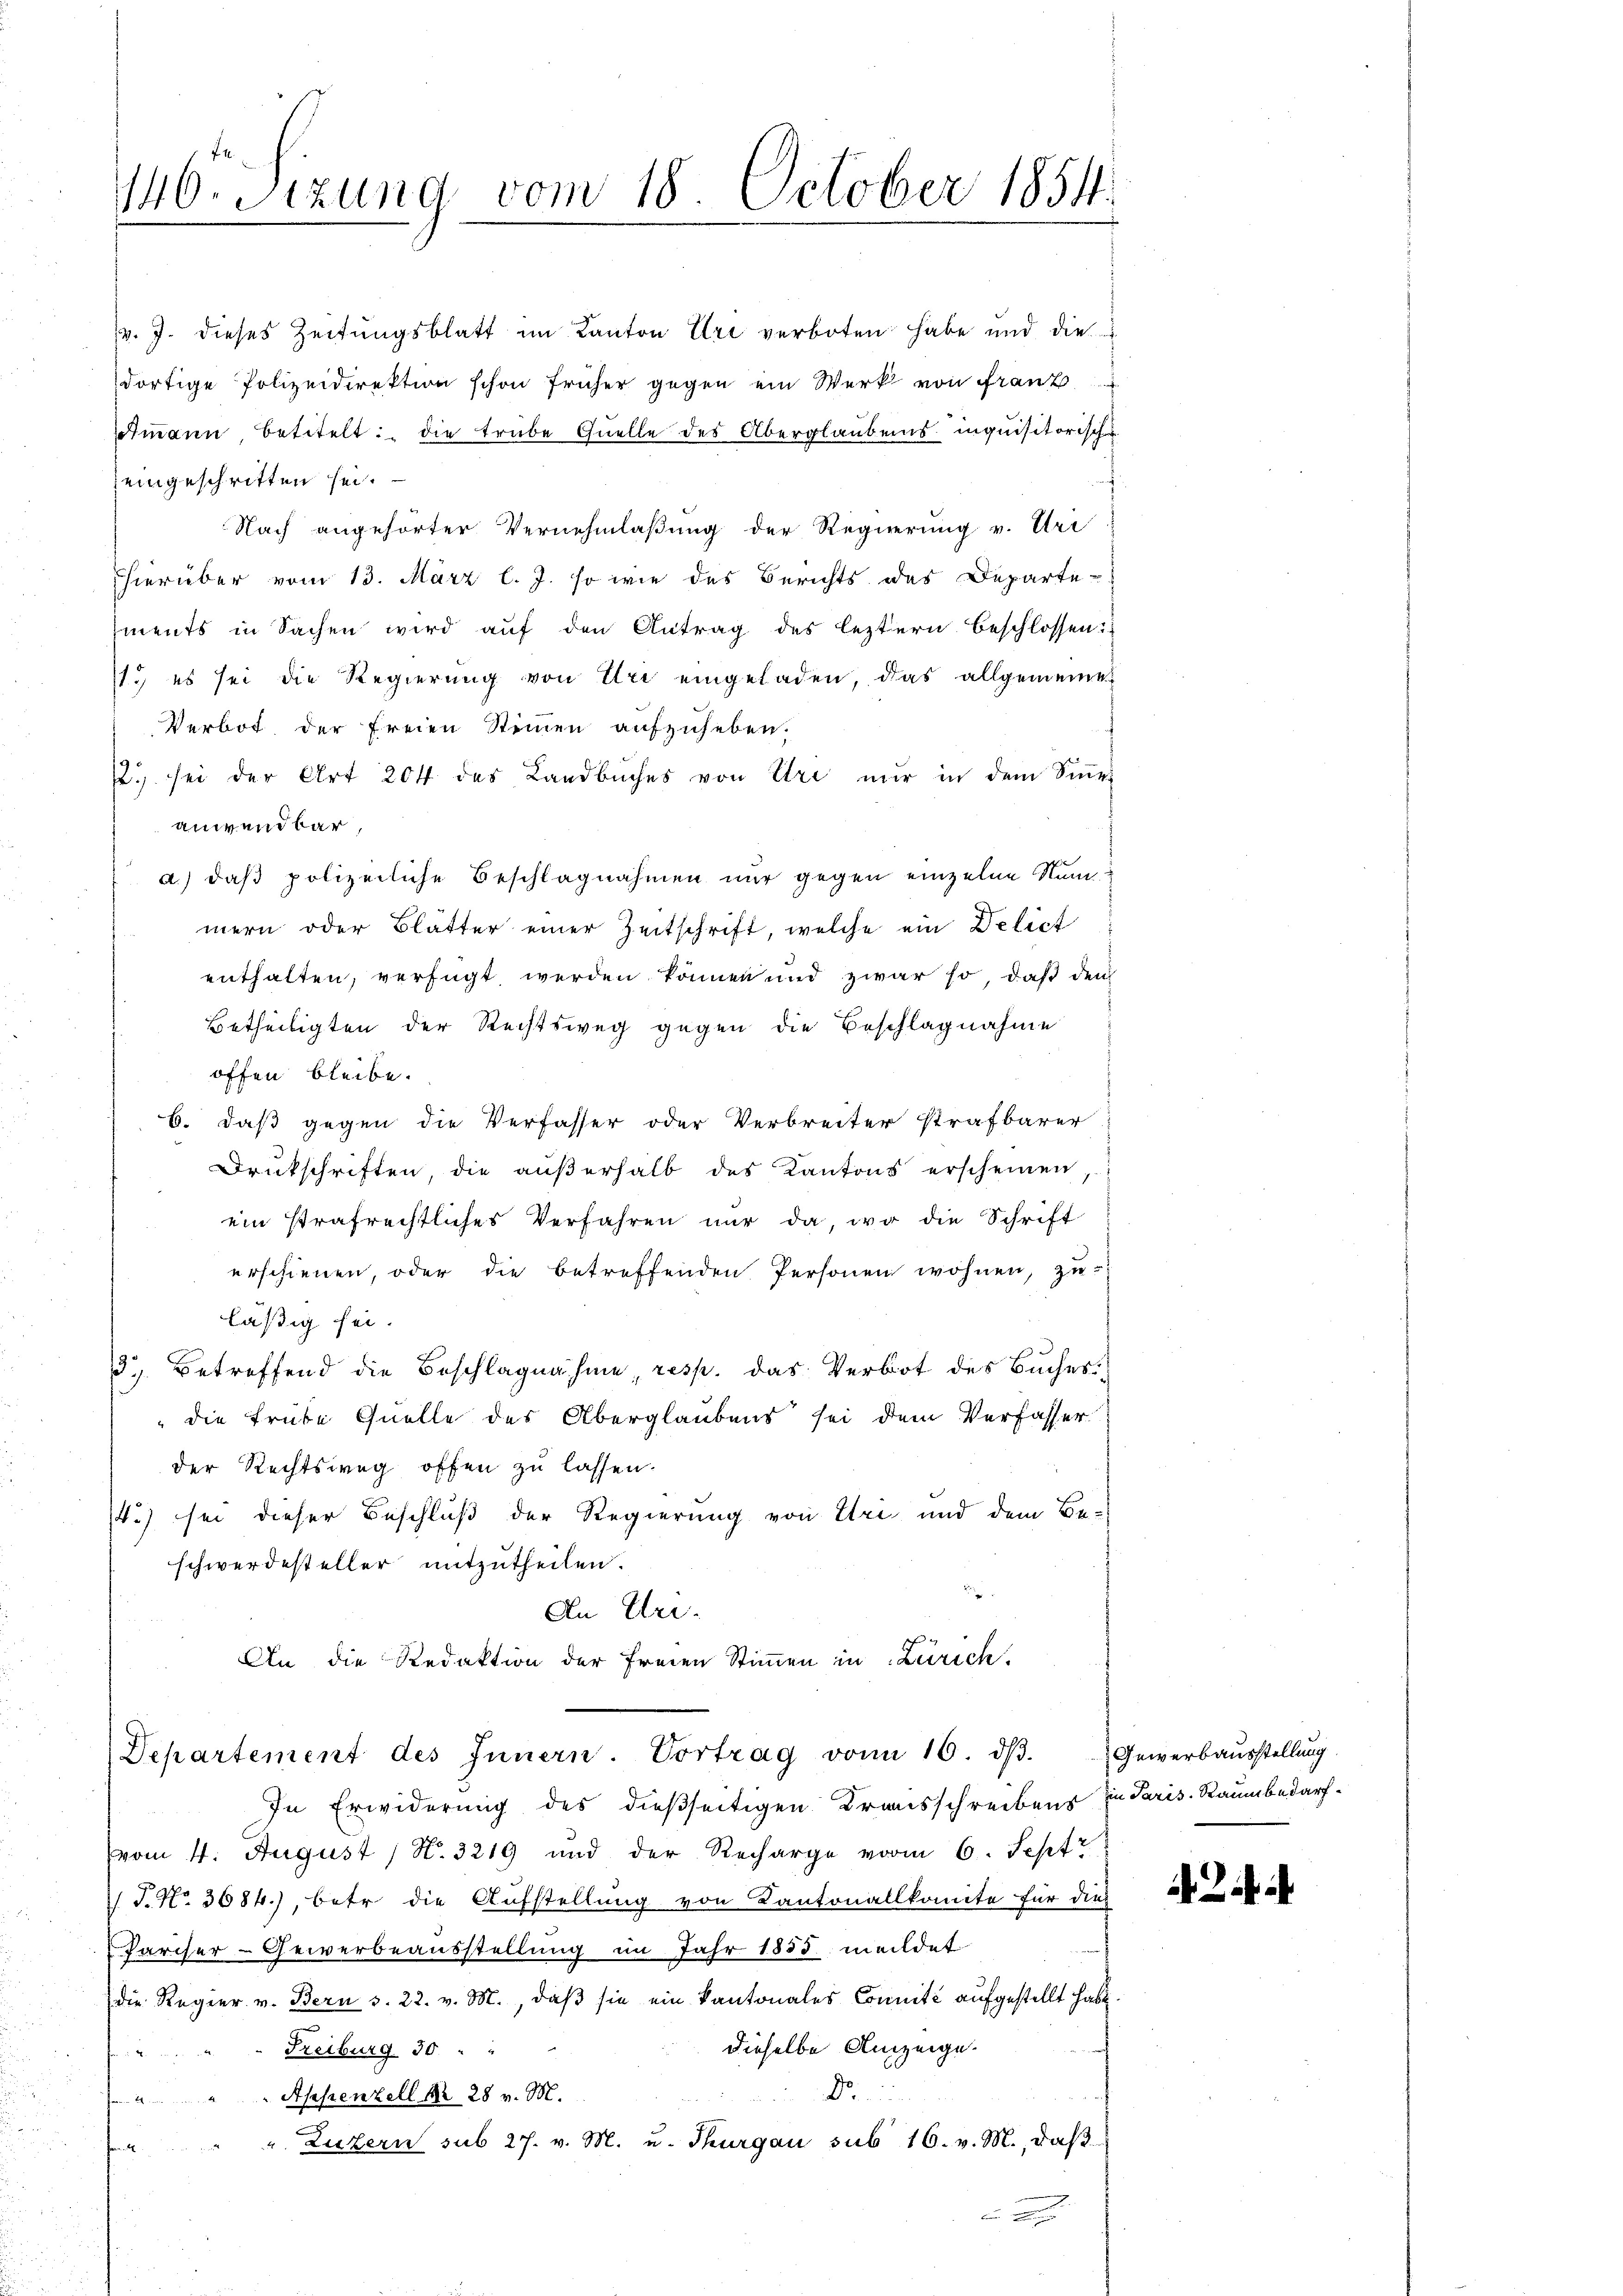
Betheiligten der Rechtsweg gegen die Beschlagnahme
offen bleibe.
b. daß gegen die Verfasser oder Verbreiter strafbarer
Drukschriften, die außerhalb des Kantons erscheinen
ein strafrechtliches Verfahren nur da, wo die Schrift
erschienen, oder die betreffenden Personen wohnen, zu
läßig sei.
3.) Betreffend die Beschlagnahme, resp. das Verbot des Buches
" die Trübe Quelle des Überglaubens sei dem Verfasser
der Rechtsweg offen zu lassen.
.) sei dieser Beschluß der Regierung von Uri und dem Be-
schwerdesteller mitzutheilen.
An Uri.
An die Redaktion der freien Stimmen in Zürich

146. Sizung vom 18. October 1854.

v. J. dieses Zeitungsblatt im Kanton Uri verboten habe und die
dortige Polizeidirektion schon früher gegen ein Werk von Franz
otmann betitelt: die trübe Quelle des Überglaubens- inquisitorisches
jeingeschritten sei.
Nach angehörter Vernehmlaßung der Regierung v. Uri
hierüber vom 13. März l. J. so wie des Berichts des Departe-
ments in Sachen wird auf den Antrag des leztern beschlossen:
1.) es sei die Regierung von Uri eingeladen, das allgemeine
Verbot der Freien Stimmen aufzuheben.
22. sei der Art 204 des Landbuches von Uri mir in dem Sinner
anwendbar,
a.) daß polizeiliche Beschlagnahmen nur gegen einzelne Nummern oder Blätter einer Zeitschrift, welche ein Delict
enthalten, verfügt werden können und zwar so, daß dem

Departement des Innern. Vortrag von 10. dβ. Gewerbaŭsstellŭng

In Erwiderung des dießseitigen Krausschreibens in Paris. Raumbedarf
(vom 4. August / N. 3219 und der Recharge vom 6. Sept
J. No. 3684.), betr die Aufstellung von Kantonallkomite für dies
Pariser-Gewerbeausstellung im Jahr 1855 meldet
(die Regier v. Bern v. 22. v. M., daβ sie ein Kantonales Connité aufgestellt habe.
dieselbe Anzeige.
Freiburg 30
D

Appenzell Nr. 28 v. M.
". Luzern sub 27. v. M. u. Thurgau sub 16. v. M., daß
a